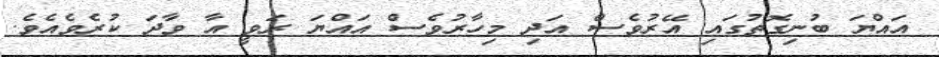
އައްޔަ ބުނިގޮތުގައި އޭރުވެސް އަދި މިހާރުވެސް އައްޔަ ރަވީ އާ ވާދަ ކުރެވެއެވެ.